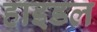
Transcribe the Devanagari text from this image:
हाइडल